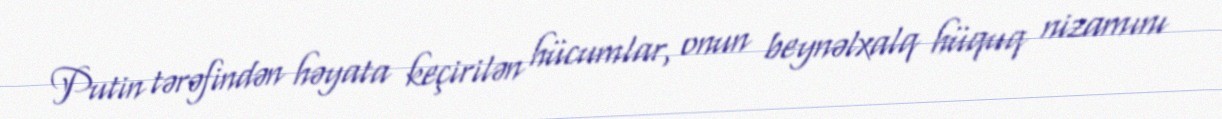
Putin tərəfindən həyata keçirilən hücumlar, onun beynəlxalq hüquq nizamını